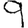
Digit: 9